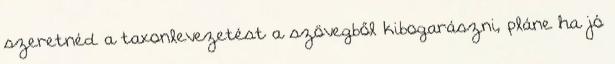
szeretnéd a taxonlevezetést a szövegből kibogarászni, pláne ha jó